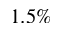
1 . 5 \%